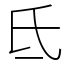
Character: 氐